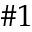
\# 1